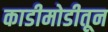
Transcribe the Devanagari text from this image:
काडीमोडीतून